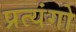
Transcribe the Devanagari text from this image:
प्रत्यंगो